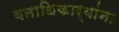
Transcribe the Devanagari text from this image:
वनाधिकार्यांना